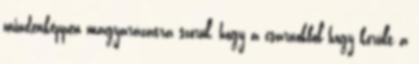
mindenképpen magyarázatra szorul, hogy a csarnokból hogy került a